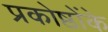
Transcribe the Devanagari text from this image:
प्रकोष्ठोंके